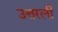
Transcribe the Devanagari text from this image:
उत्तरली